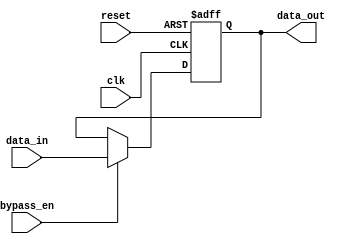
module SimpleBypassRegister (
    input wire clk,
    input wire bypass_en,
    input wire reset,
    input wire [31:0] data_in,
    output reg [31:0] data_out
);

reg [31:0] reg_data;

always @(posedge clk or posedge reset) begin
    if (reset) begin
        reg_data <= 32'd0;
    end else begin
        if (bypass_en) begin
            reg_data <= data_in;
        end else begin
            reg_data <= reg_data;
        end
    end
end

assign data_out = reg_data;

endmodule